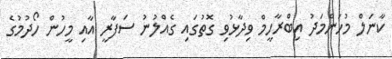
ކާނަލް މުހަންމަދު އިބްރާހީމް ވިދާޅުވި ގޮތުގައި ގެއްލުނު ސަފާރީ އާއި މީހުން ހޯދުމުގެ